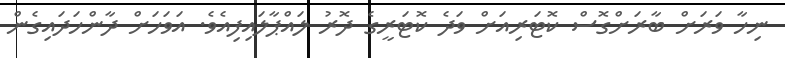
ނިހާ ވަރަށް ބާރަށްގޮސް ކޮޓަރިއަށް ވަދެ ކޮޓަރީގެ ދޮރު ލައްޕާލައިފިއެވެ. އަވަހަށް ދާންހަދައިގެން